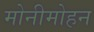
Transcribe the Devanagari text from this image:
मोनीमोहन